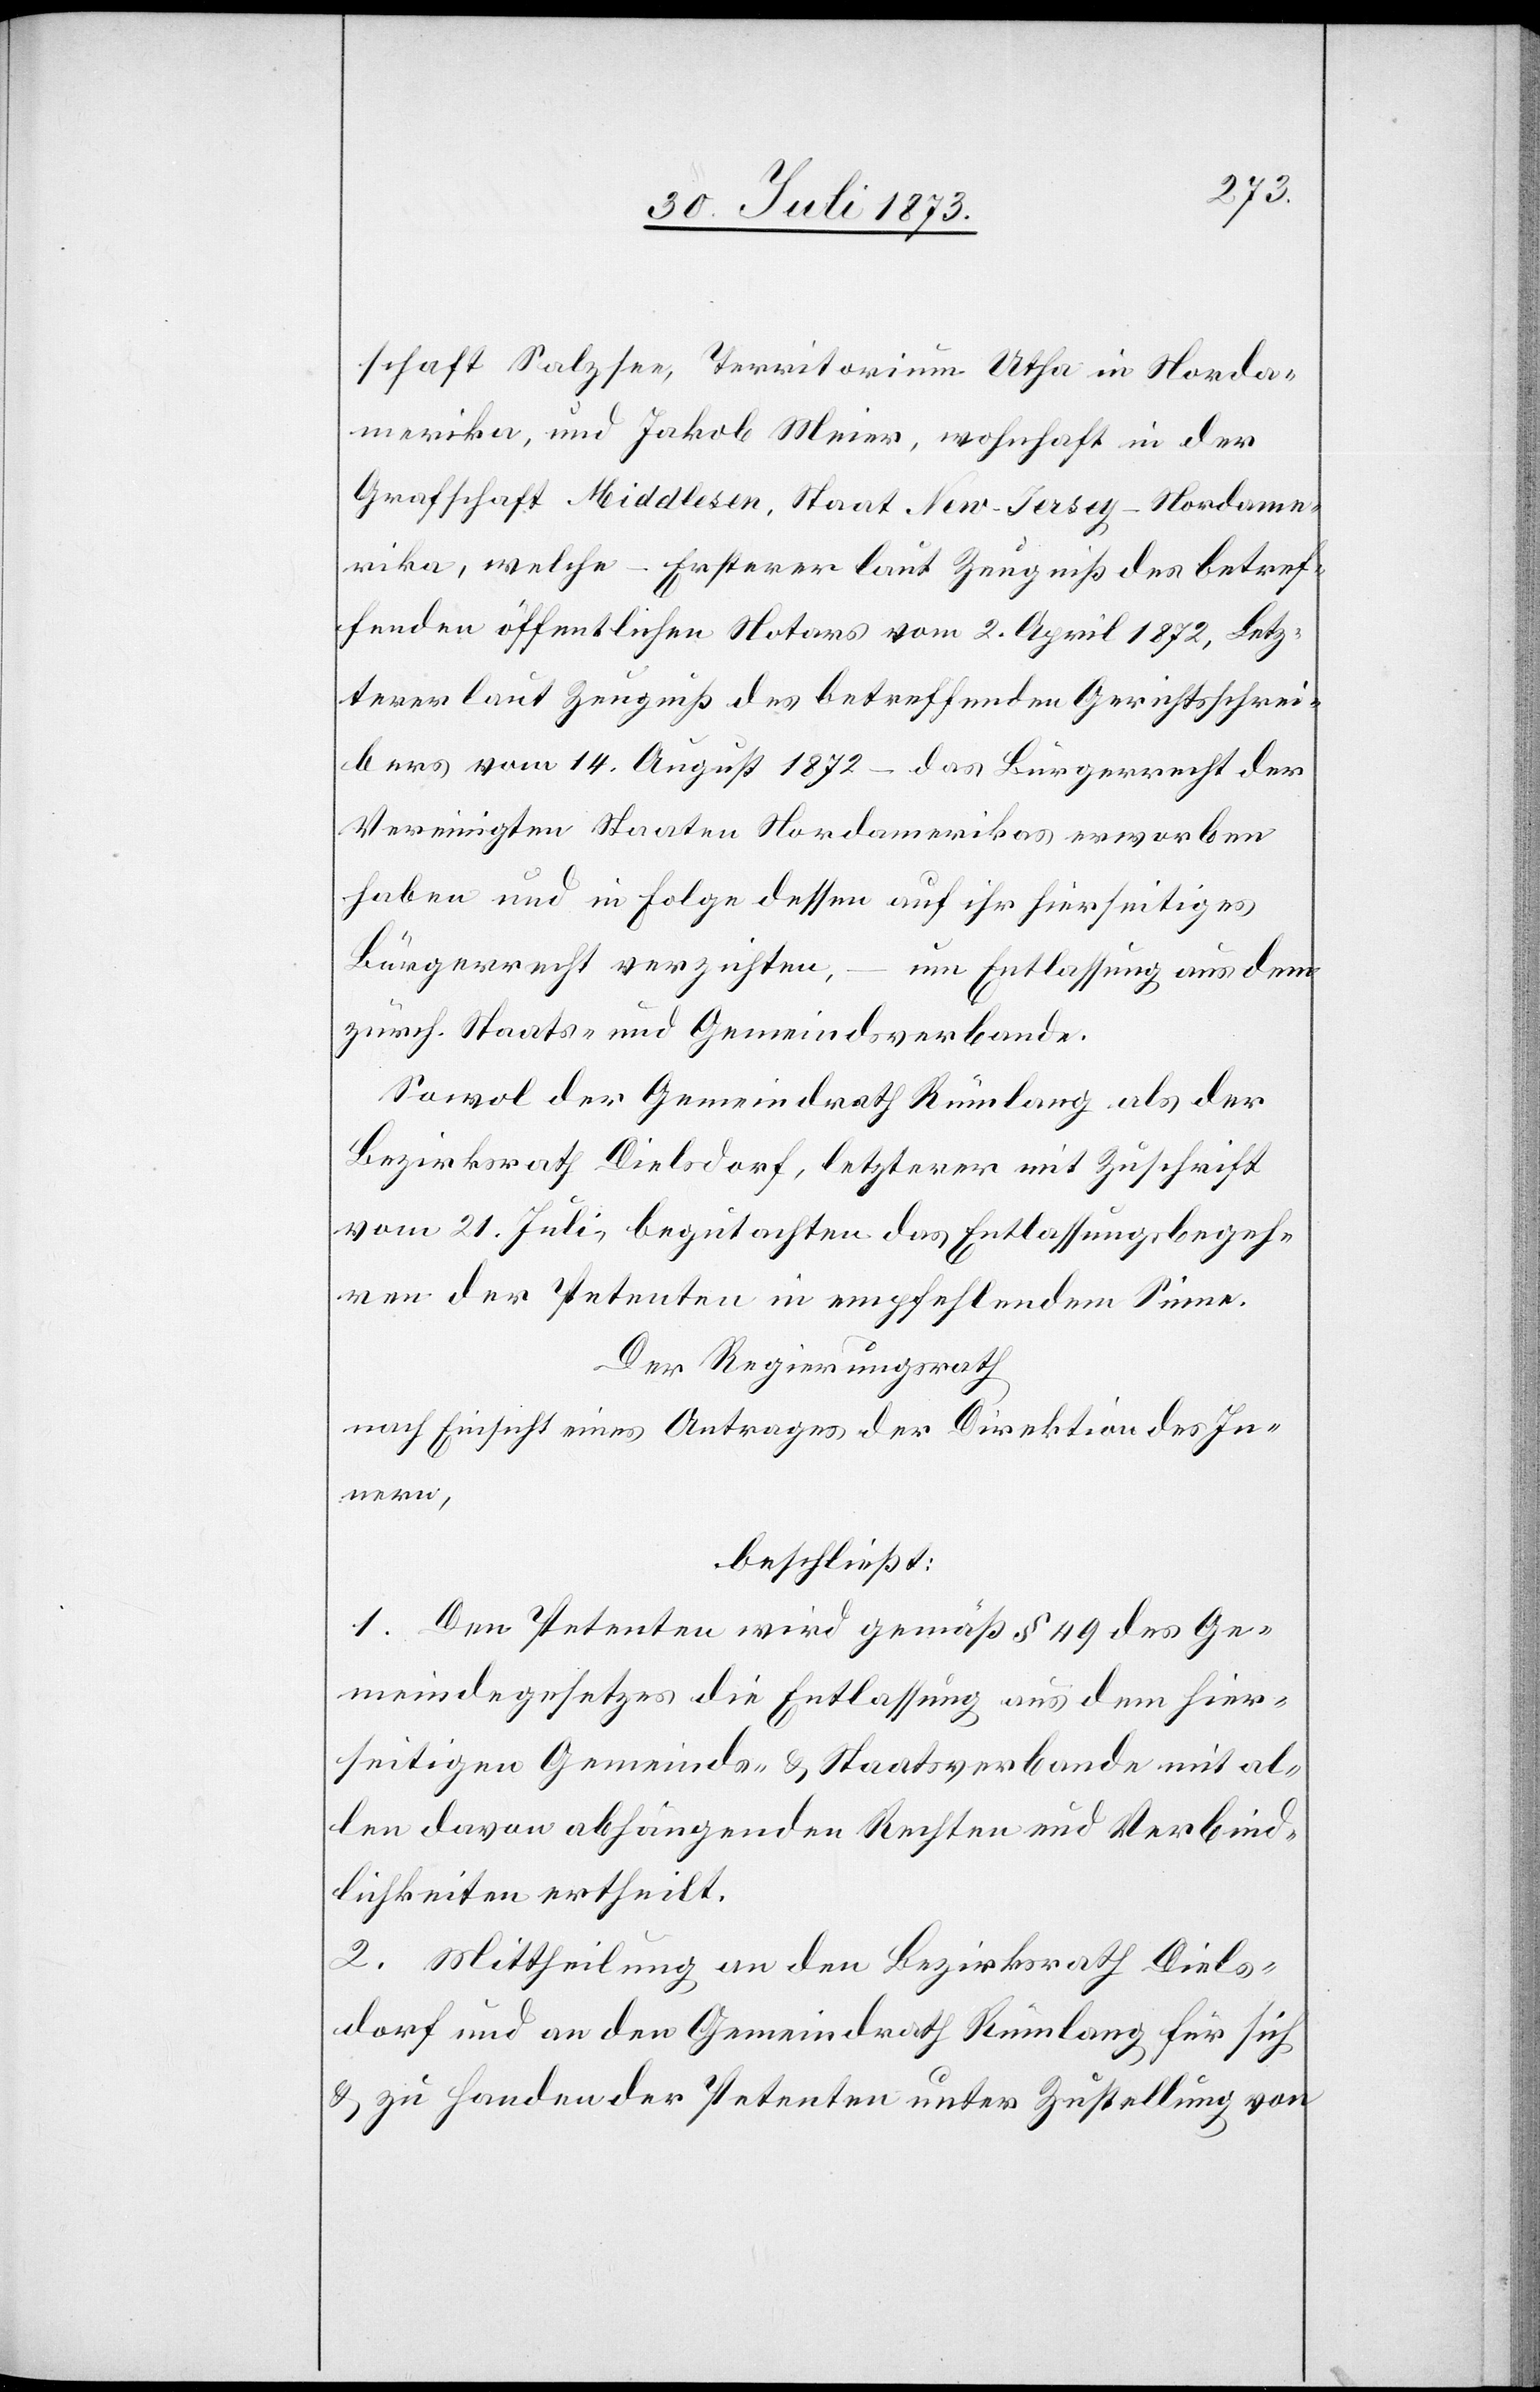
schaft Salzsee, Territorium Utha in Norda¬
merika, und Jakob Meier, wohnhaft in der
Grafschaft Middlesen, Staat New-Jersey-Nordame¬
rika, welche – Ersterer laut Zeugniß des betref¬
fenden öffentlichen Notars vom 2. April 1872, Letz¬
terer laut Zeugniß des betreffenden Gerichtsschrei¬
bers vom 14. August 1872 – das Bürgerrecht der
Vereinigten Staaten Nordamerikas erworben
haben und in Folge dessen auf ihr hierseitiges
Bürgerrecht verzichten, – um Entlassung aus dem
zürch. Staats- und Gemeindsverbande.
Sowol der Gemeindrath Rümlang als der
Bezirksrath Dielsdorf, letzterer mit Zuschrift
vom 21. Juli, begutachten das Entlassungsbegeh¬
ren der Petenten in empfehlendem Sinne.
Der Regierungsrath
nach Einsicht eines Antrages der Direktion des In¬
nern,
beschließt:
1. Den Petenten wird gemäß § 49 des Ge¬
meindegesetzes die Entlassung aus dem hier¬
seitigen Gemeinds- & Staatsverbande mit al¬
len davon abhängenden Rechten und Verbind¬
lichkeiten ertheilt.
2. Mittheilung an den Bezirksrath Diels¬
dorf und an den Gemeindrath Rümlang für sich
& zu Handen der Petenten unter Zustellung von